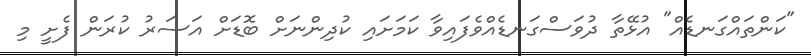
"ކަންތައްގަނޑެއް" އުޅޭތާ ދުވަސްގަނޑެއްވެފައިވާ ކަމަށައި ކުދިންނަށް ބޮޑަށް އަސަރު ކުރަން ފެށީ މި